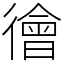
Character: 徻